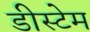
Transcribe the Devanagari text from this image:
डीस्टेम